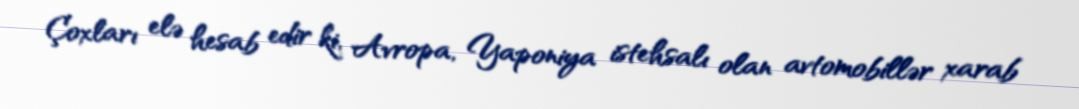
Çoxları elə hesab edir ki, Avropa, Yaponiya istehsalı olan avtomobillər xarab